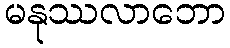
မနုဿလာဘော